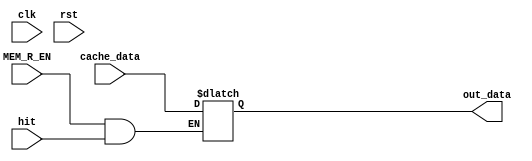
module Cache_cntrlr (
    clk,
    rst,
    hit,
    MEM_R_EN,
    cache_data,

    //SRAM_data,

    out_data

);

    input 
        clk,
        rst,
        MEM_R_EN,
        hit;
    
    input [31:0]
        cache_data;

    output reg [31:0]
        out_data;

    always @(hit, cache_data) begin 
        if(MEM_R_EN && hit)
            out_data = cache_data;
    end 

    
endmodule